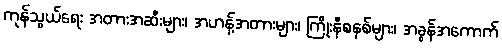
ကုန်သွယ်ရေး အတားအဆီးများ၊ အဟန့်အတားများ၊ ကြိုးနီစနစ်များ၊ အခွန်အကောက်